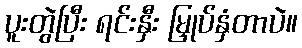
ပူးတွဲပြီး ရင်းနှီး မြှုပ်နှံတာပဲ။